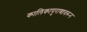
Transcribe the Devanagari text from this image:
कालिकापुराणावरून